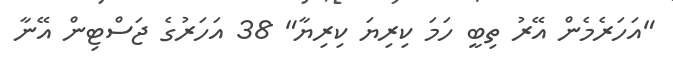
"އަހަރެމެން އޭރު ތިބީ ހަމަ ކިރިޔަ ކިރިޔާ" 38 އަހަރުގެ ޖަސްޓިން އޭނާ